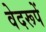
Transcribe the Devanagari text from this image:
वेदरूपें